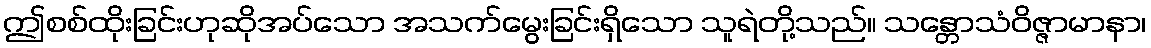
ဤစစ်ထိုးခြင်းဟုဆိုအပ်သော အသက်မွေးခြင်းရှိသော သူရဲတို့သည်။ သန္တောသံဝိဇ္ဇာမာနာ၊